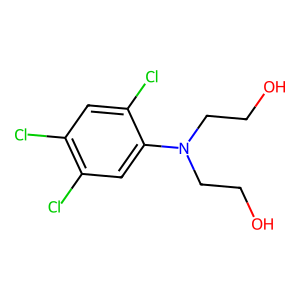
SMILES: OCCN(CCO)c1cc(Cl)c(Cl)cc1Cl
Inhibits HIV replication: No